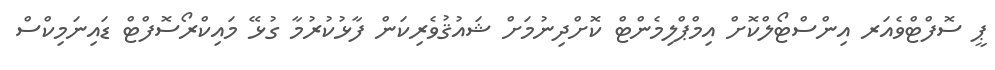
ޕީ ސޮފްޓްވެއަރ އިންސްޓޯލްކޮށް އިމްޕްލިމެންޓް ކޮށްދިނުމަށް ޝައުޤުވެރިކަން ފާޅުކުރުމާ ގުޅޭ މައިކްރޯސޮފްޓް ޑައިނަމިކްސް